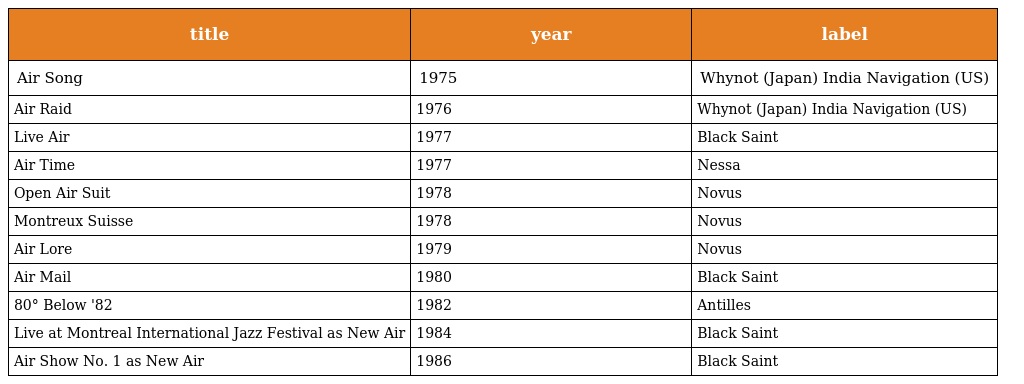
| title | year | label |
 | --- | --- | --- |
 | Air Song | 1975 | Whynot (Japan) India Navigation (US) |
 | Air Raid | 1976 | Whynot (Japan) India Navigation (US) |
 | Live Air | 1977 | Black Saint |
 | Air Time | 1977 | Nessa |
 | Open Air Suit | 1978 | Novus |
 | Montreux Suisse | 1978 | Novus |
 | Air Lore | 1979 | Novus |
 | Air Mail | 1980 | Black Saint |
 | 80° Below '82 | 1982 | Antilles |
 | Live at Montreal International Jazz Festival as New Air | 1984 | Black Saint |
 | Air Show No. 1 as New Air | 1986 | Black Saint |